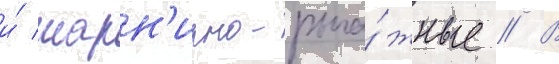
и́ шарн'ирно-рыча́жные // В